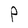
Character: P